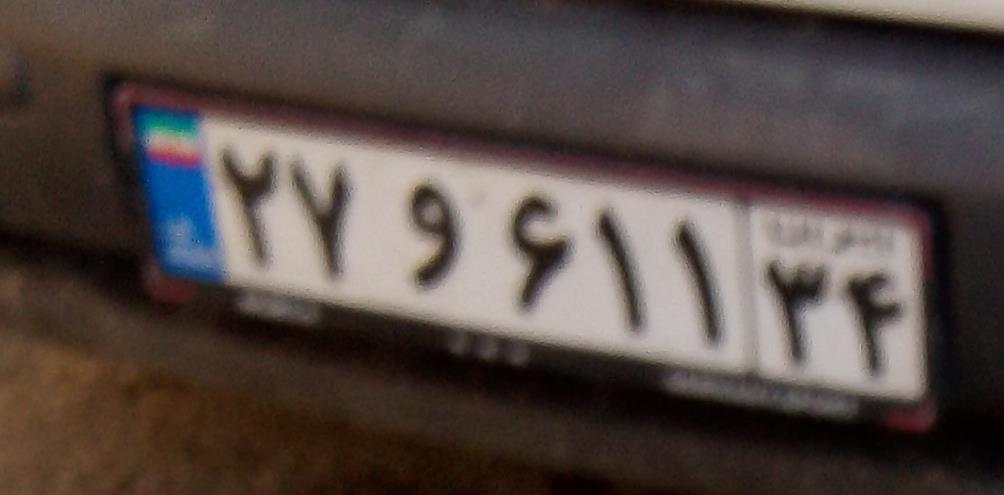
۲۷و۶۱۱۳۴